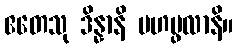
ဧတေသု ဒိန္နာနိ မဟပ္ဖလာနိ။